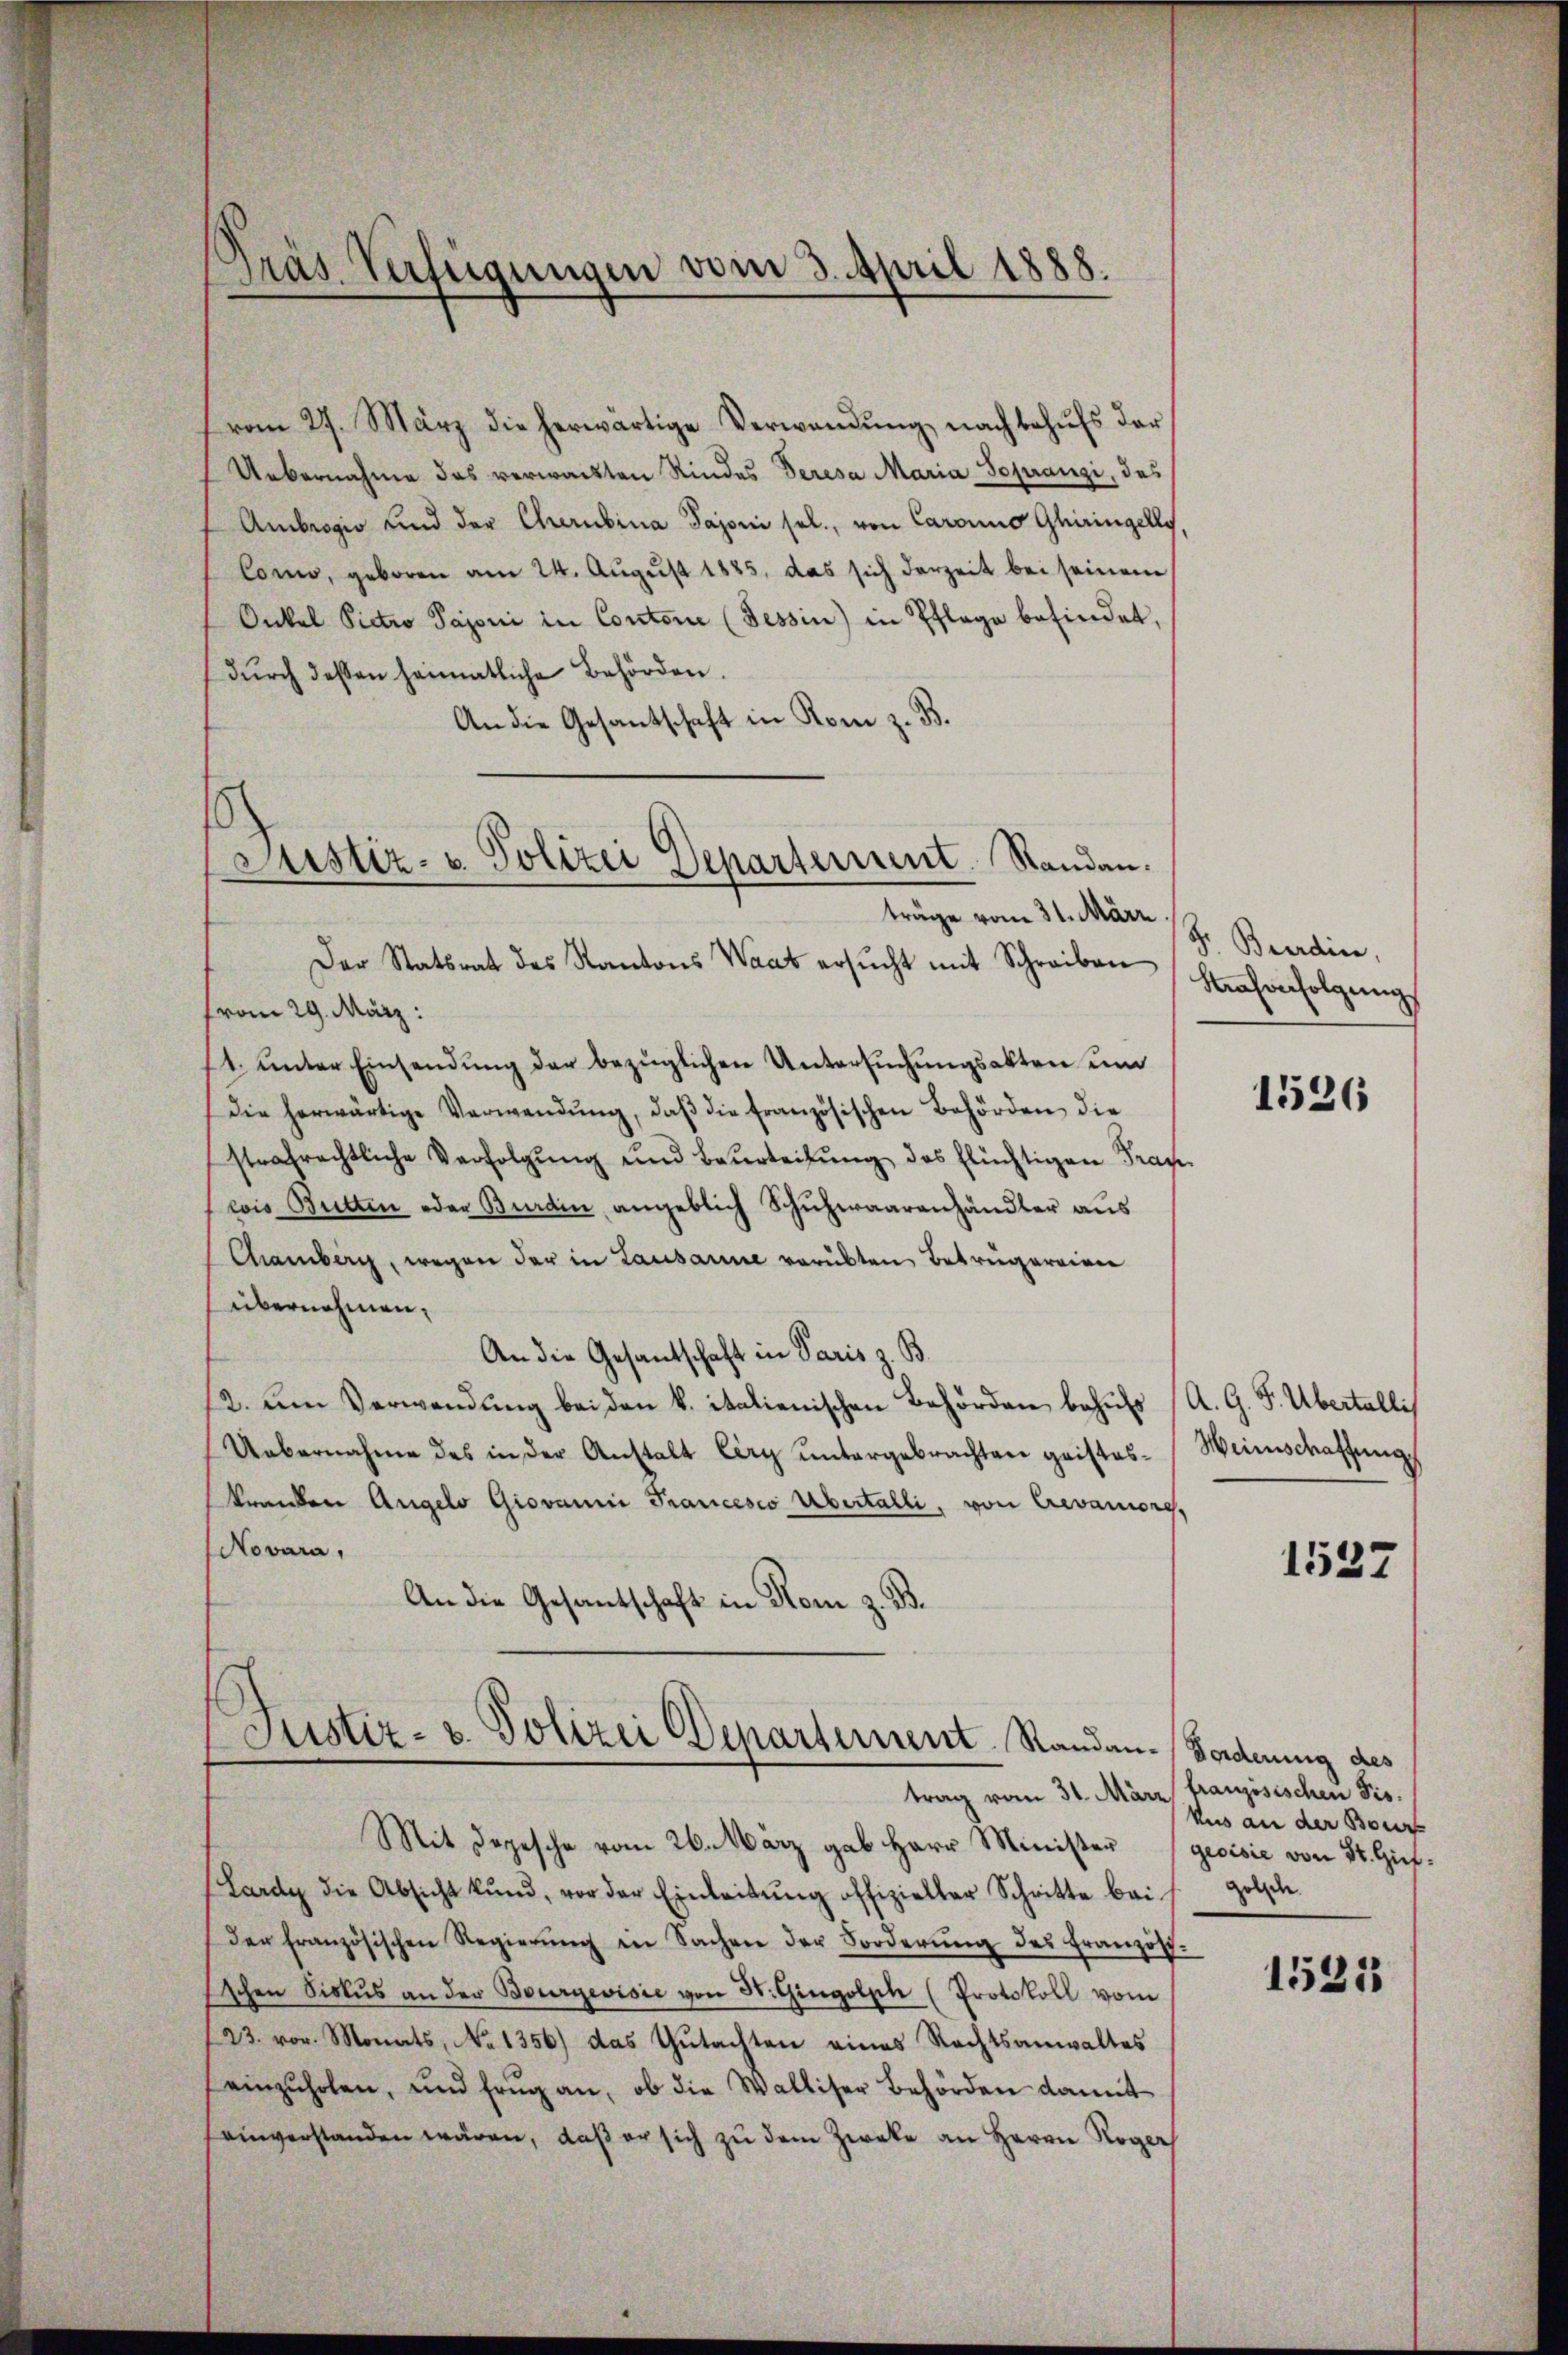
Präs. Verfügungen vom 3. April 1888.

¬
Justiz- u. Polizei Departement. Standau.

vom 27. März die herwärtige Verwendŭng nach behŭfs der
Uebernahme das verwachten Rindes Seresa Maria Sopranzi, des
Ambrogio und der Cherubina Pajoni sel., von Caranno Ghiringelly
Como, geboren am 24. August 1885, das sich derzeit bei seinem
Onkel Pictro Pajoni in Contorie (Tessin) in Pflage befindet,
dŭrch dessen heimatliche Behörden.
An die Gesantschaft in Rom z. B.
träge vom 31. März.
Der Statsrat des Kantons Waat ersŭcht mit Schreiben
(vom 29. März:
1. unter Einsendung der bezüglichen Untersuchungsakten um
die herwärtige Verwendŭng, daβ die französischen Behörden die
strafrechtliche Verfolgŭng und Beurteilŭng des flüchtigen Prax
wis Butten oder Burdin, angeblich Schuhwaarenhändler aus
Chamberg, wegen der in Lausanne verübten Betrugereien
übernehmen,
An die Gesantschaft in Paris z. B.
12. Am Verwendung bei den k. italienischen Behörden behufs (A. G. P. Übertallis
Uebernahme des in der Anstalt Eery ŭntergebrachten geistes-Weinschaffung
kranken Angelo Giovanni Francesco Übertalli, von Crevaniore,
Novara,
An die Gesantschaft in Rom z. B.

Justiz- u. Polizei Departement. Randan-Forderung des

trag vom 31. März französischen Fis
Mit Depesche vom 26. März gab Herr Minister (geoisie von St. Gief¬
Lardy die Absicht kund, vor der Einleitŭng offizieller Schritte bei Holzch
der französischen Regierŭng in Sachen der Forderŭng des Französ.
Eschen Sickŭs an der Bourgevisie von St. Gingolph (Protokoll vom
23. vor. Monats, No 1356) das Gutachten eines Rechtsanwaltes
einzŭholen, und frug an, ob die Walliser Behörden damit
einverstanden wären, daß er sich zu dem Zweke an Herrn Roger

Fr. Beerdin,
Strafenfolgung

1526

1537

kus an der Bour

1525